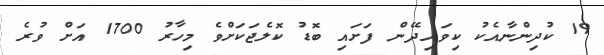
19 ކުދިންނާއެކު ކިވައިދޭން ފަށައި ބޮޑު ކޮލެޖަކަށްވެ މިހާރު 1700 އަށް ވުރެ